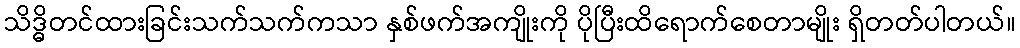
သိဒ္ဓိတင်ထားခြင်းသက်သက်ကသာ နှစ်ဖက်အကျိုးကို ပိုပြီးထိရောက်စေတာမျိုး ရှိတတ်ပါတယ်။